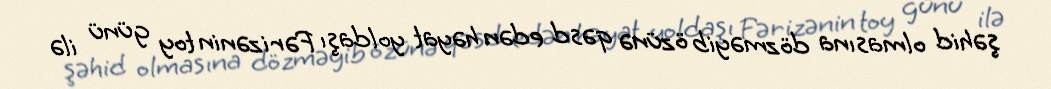
şəhid olmasına dözməyib özünə qəsd edən həyat yoldaşı Fərizənin toy günü ilə